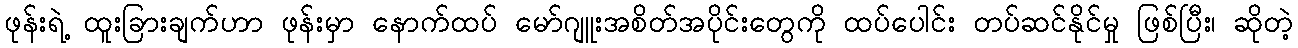
ဖုန်းရဲ့ ထူးခြားချက်ဟာ ဖုန်းမှာ နောက်ထပ် မော်ဂျူးအစိတ်အပိုင်းတွေကို ထပ်ပေါင်း တပ်ဆင်နိုင်မှု ဖြစ်ပြီး၊ ဆိုတဲ့